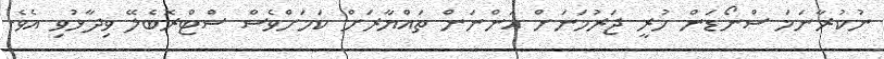
ނުކުރާނަމަ ސްނޯޑަން ހުރީ ޖަރުމަނަށް އަންނަން ތައްޔާރަށް ކަމަށްވެސް ސްޓްރޮބެލޭ ވިދާޅުވި އެވެ.